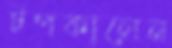
টপকালেন